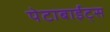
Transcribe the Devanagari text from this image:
पेटाबाईट्स